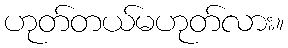
ဟုတ်တယ်မဟုတ်လား။